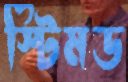
স্টিমড